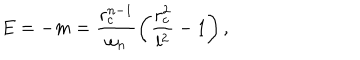
E = - m = \frac { r _ { c } ^ { n - 1 } } { \omega _ { n } } \left( \frac { r _ { c } ^ { 2 } } { l ^ { 2 } } - 1 \right) ,